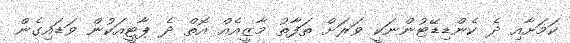
ކަމަށާއި ދެ ކެންޑިޑޭޓުންނަކީ ވަރަށް ތަފާތު މާޒީއެއް އޮތް ދެ ޕާޓީއަކުން ވަޑައިގެން